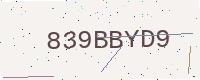
Text: 839BBYD9